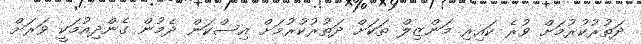
ދަތުރުކުރުމަށް ވުރެ ކައިރި މަންޒިލް ތަކަށް ދަތުރުކުރުމަށް އިސްކަން ދެމުން ގެންދިއުމަކީ ވަރަށް